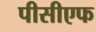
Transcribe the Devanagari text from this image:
पीसीएफ